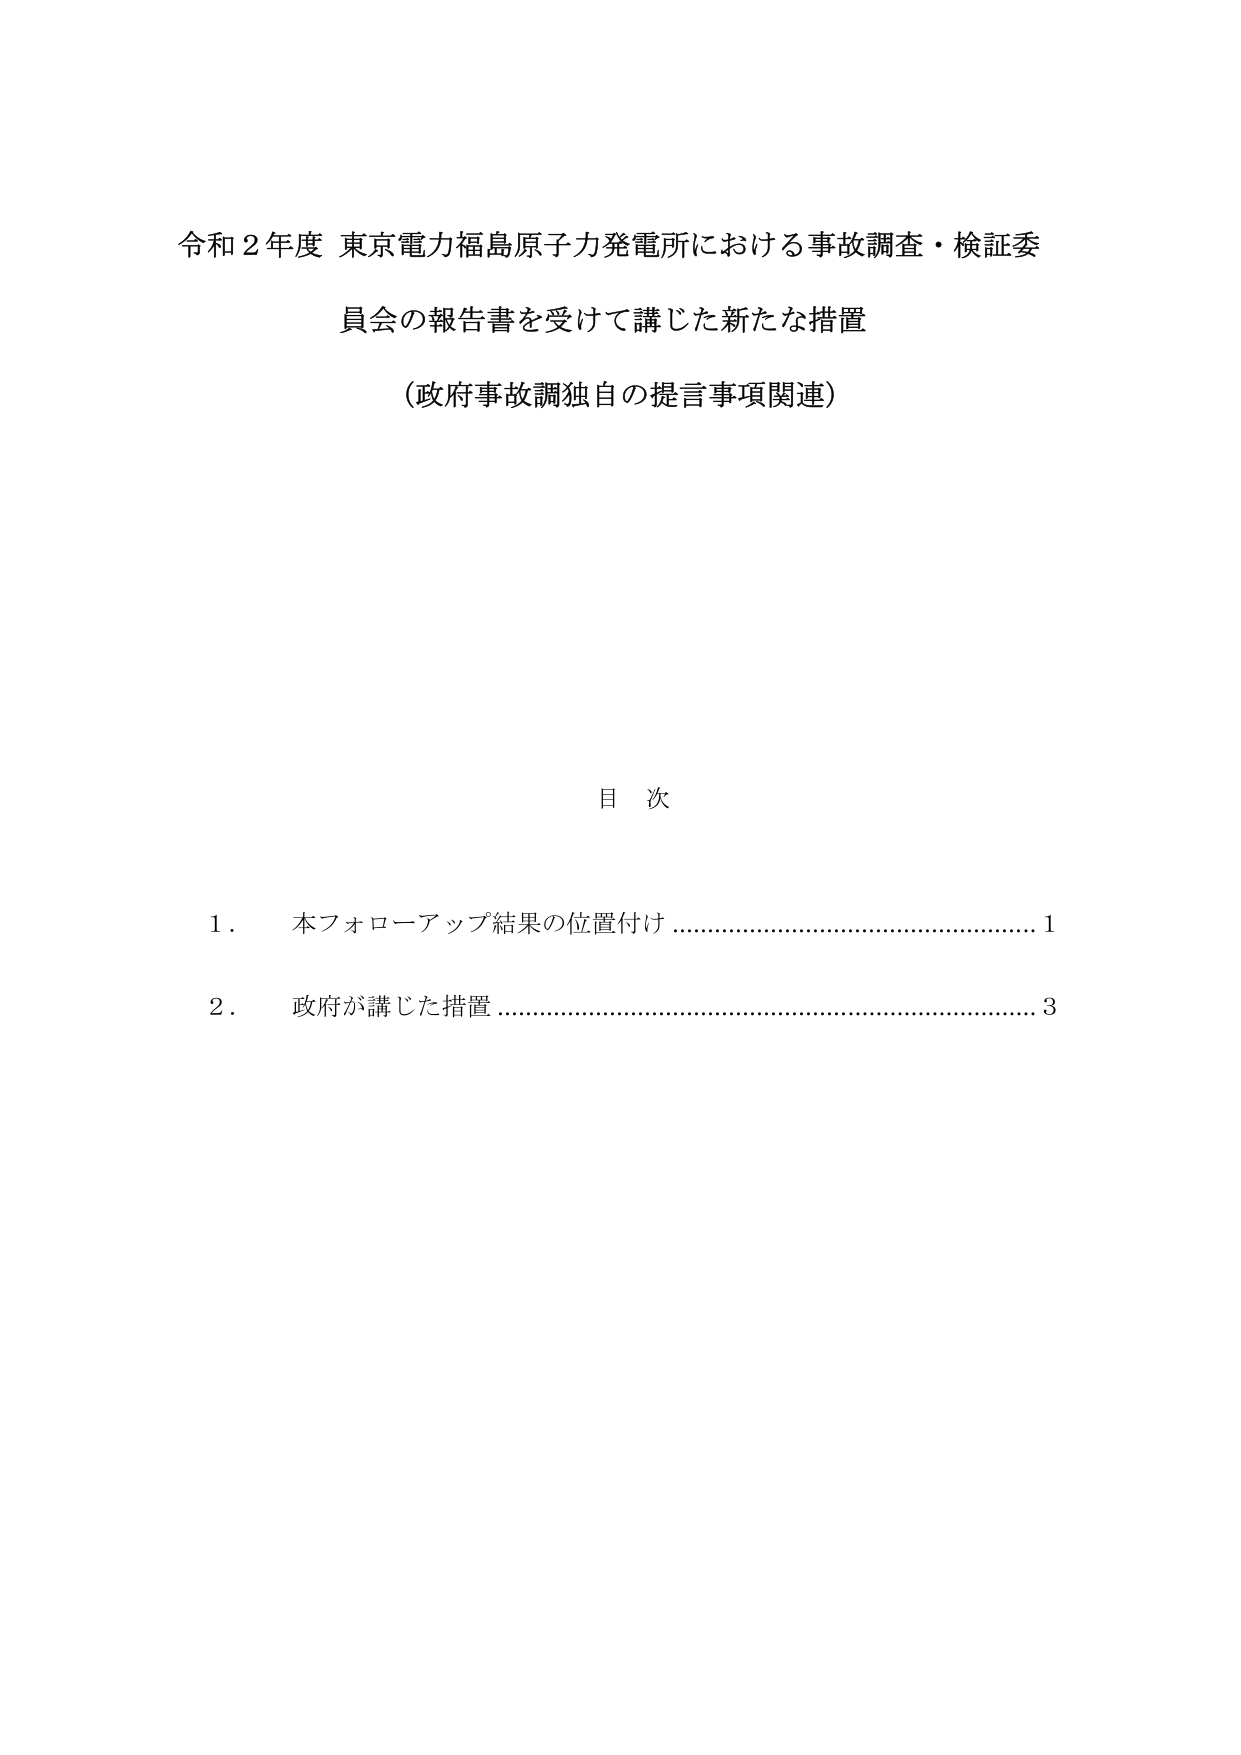
令和２年度 東京電力福島原子力発電所における事故調査・検証委
員会の報告書を受けて講じた新たな措置
（政府事故調独自の提言事項関連）

目 次

１． 本フォローアップ結果の位置付け ………………………………………… 1
２． 政府が講じた措置 ………………………………………………………… 3